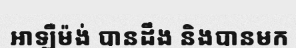
អាឡឺម៉ង់ បានដឹង និងបានមក